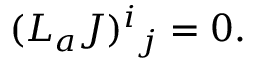
( { \cal L } _ { a } J ) ^ { i } { } _ { j } = 0 .